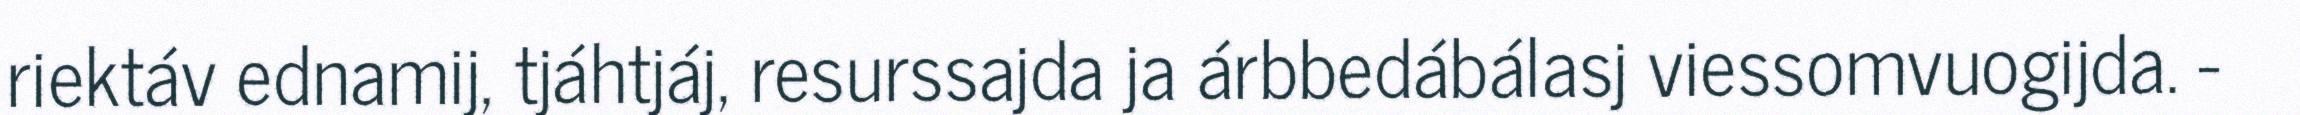
riektáv ednamij, tjáhtjáj, resurssajda ja árbbedábálasj viessomvuogijda. -